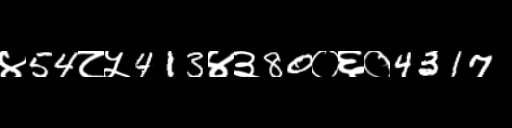
Text: ४54८५413४३80०६०4317